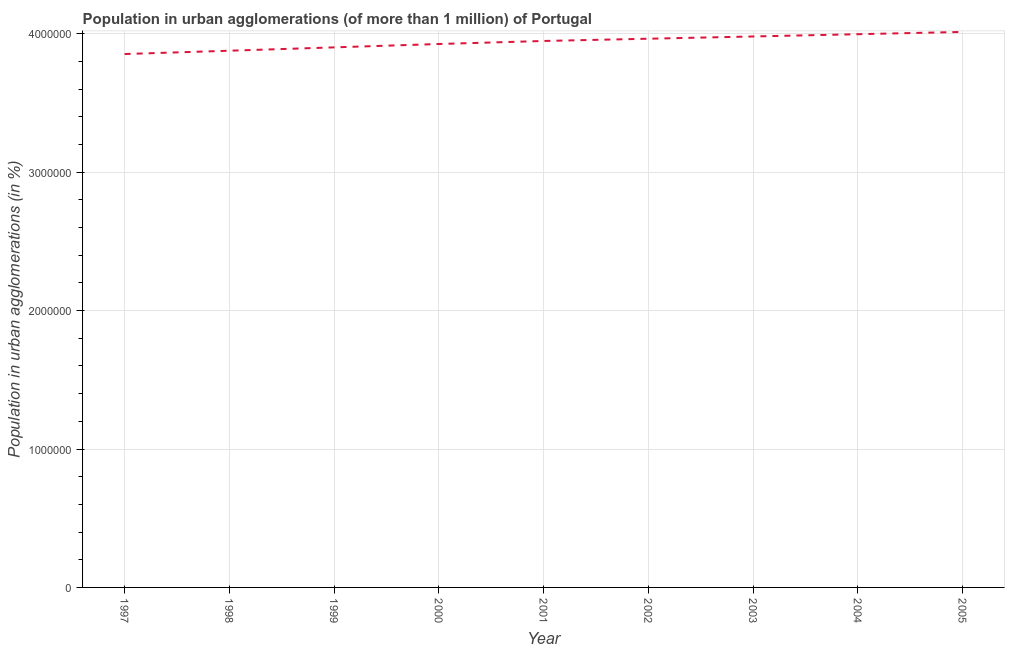
| Year | Population in urban agglomerations |
 | --- | --- |
 | 1997 | 3.85e+06 |
 | 1998 | 3.88e+06 |
 | 1999 | 3.9e+06 |
 | 2000 | 3.93e+06 |
 | 2001 | 3.95e+06 |
 | 2002 | 3.96e+06 |
 | 2003 | 3.98e+06 |
 | 2004 | 4e+06 |
 | 2005 | 4.01e+06 |